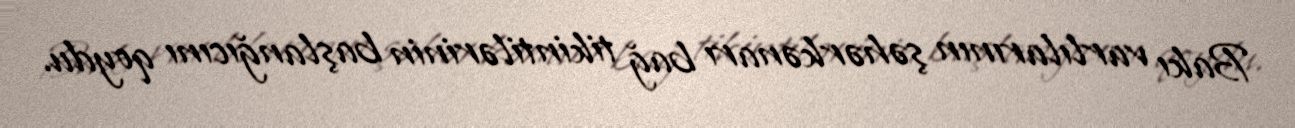
Bakı varlılarının şəhərkənarı bağ tikintilərinin başlanğıcını qoydu.